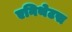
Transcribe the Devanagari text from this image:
एनिथेटस